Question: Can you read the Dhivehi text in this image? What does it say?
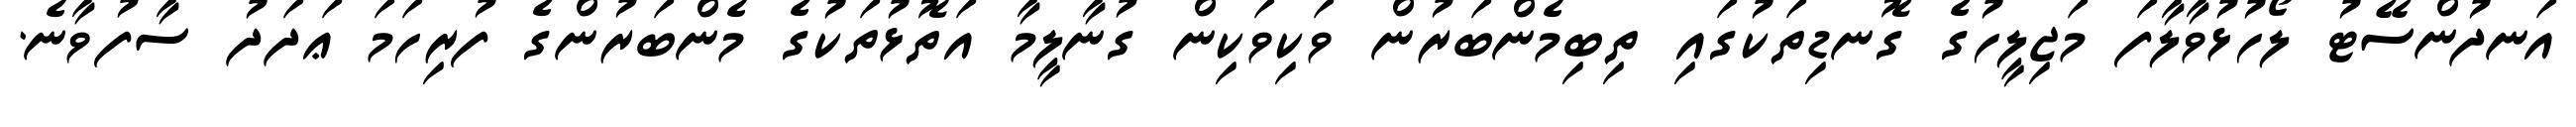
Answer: އަނދުންސޭޓު ލޯހުޅުވާލާފަ މަޖިލީހުގެ ގޮނޑިތަކުގައި ތިބިމެންބަރުން ވަކިވަކިން ގުނާލީމާ އަތޮޅުތަކުގެ މެންބަރުންގެ ފުރިހަމަ ޢަދަދު ސާފުވާނެ.